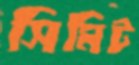
সিমিট